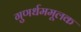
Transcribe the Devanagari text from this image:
गुणर्धममूलक